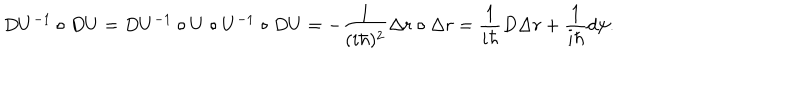
D U ^ { - 1 } \circ D U = D U ^ { - 1 } \circ U \circ U ^ { - 1 } \circ D U = - \frac 1 { ( i \hbar ) ^ { 2 } } \Delta r \circ \Delta r = \frac 1 { i \hbar } D \Delta r + \frac 1 { i \hbar } d \psi .